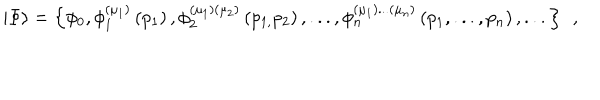
LaTeX: \left| \Phi \right\rangle = \left\{ \phi _ { 0 } , \phi _ { 1 } ^ { ( \mu _ { 1 } ) } \left( p _ { 1 } \right) , \phi _ { 2 } ^ { ( \mu _ { 1 } ) ( \mu _ { 2 } ) } \left( p _ { 1 , } p _ { 2 } \right) , . . . , \phi _ { n } ^ { ( \mu _ { 1 } ) . . . ( \mu _ { n } ) } \left( p _ { 1 } , . . . , p _ { n } \right) , . . . \right\} \; \, ,